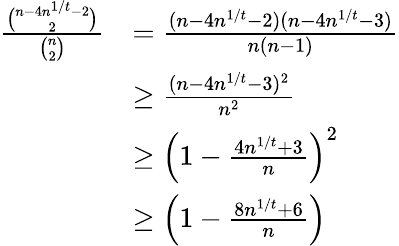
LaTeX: \begin{array}{rl}{\frac{\binom{n-4n^{1/t}-2}{2}}{\binom{n}{2}}}&{=\frac{(n-4n^{1/t}-2)(n-4n^{1/t}-3)}{n(n-1)}}\\ &{\geq\frac{(n-4n^{1/t}-3)^{2}}{n^{2}}}\\ &{\geq\left(1-\frac{4n^{1/t}+3}{n}\right)^{2}}\\ &{\geq\left(1-\frac{8n^{1/t}+6}{n}\right)}\end{array}